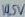
Text: 14.5V